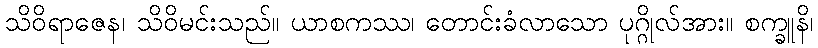
သိဝိရာဇေန၊ သိဝိမင်းသည်။ ယာစကဿ၊ တောင်းခံလာသော ပုဂ္ဂိုလ်အား။ စက္ခူနိ၊